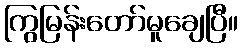
ကြွမြန်းတော်မူချေပြီ။